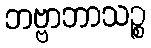
ဘဗ္ဗာဘာသဉ္စ